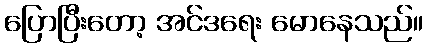
ပြောပြီးတော့ အင်ဒရေး မောနေသည်။